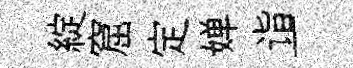
綻窟定婵诣一